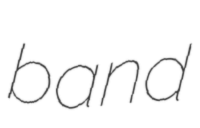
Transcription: band